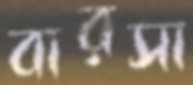
বারসা